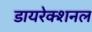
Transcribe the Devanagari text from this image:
डायरेक्शनल